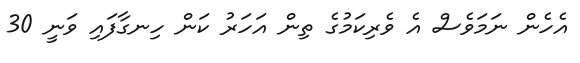
އެހެން ނަމަވެސް އެ ވެރިކަމުގެ ތިން އަހަރު ކަން ހިނގާފައި ވަނީ 30